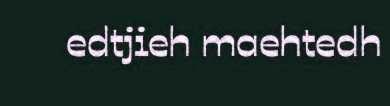
edtjieh maehtedh